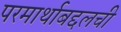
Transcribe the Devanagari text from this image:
परमार्थाबद्दलची